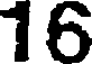
16